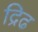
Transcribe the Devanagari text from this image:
द्रिढ